Notes on the propagation and cultivation of the medicinal cinchonas, or Peruvian bark trees
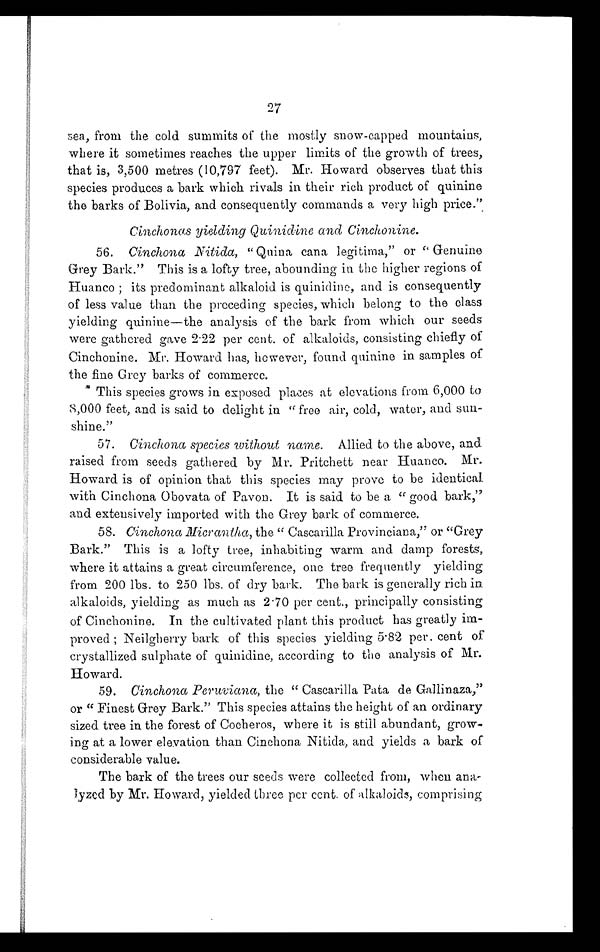
sea, from the cold summits of the mostly snow-capped mountains,
where it sometimes reaches the upper limits of the growth of trees,
that is, 3,500 metres (10,797 feet). Mr. Howard observes that this
species produces a bark which rivals in their rich product of quinine
the barks of Bolivia, and consequently commands a very high price."
Cinchonas yielding Quinidine and Cinchonine.
56. Cinchona Nitida, "Quina cana legitima," or " Genuine
Grey Bark." This is a lofty tree, abounding in the higher regions of
Huanco ; its predominant alkaloid is quinidine, and is consequently
of less value than the preceding species, which belong to the class
yielding quinine—the analysis of the bark from which our seeds
were gathered gave 2·22 per cent. of alkaloids, consisting chiefly of
Cinchonine. Mr. Howard has, however, found quinine in samples of
the fine Grey barks of commerce.
This species grows in exposed places at elevations from 6,000 to
8,000 feet, and is said to delight in " free air, cold, water, and sun-
shine."
57. Cinchona species without name. Allied to the above, and
raised from seeds gathered by Mr. Pritchett near Huanco. Mr.
Howard is of opinion that this species may prove to be identical
with Cinchona Obovata of Pavon. It is said to be a " good bark,"
and extensively imported with the Grey bark of commerce.
58. Cinchona M icrantha, the " Cascarilla Provinciana," or "Grey
Bark." This is a lofty tree, inhabiting warm and damp forests,
where it attains a great circumference, one tree frequently yielding
from 200 lbs. to 250 lbs. of dry bark. The bark is generally rich in
alkaloids, yielding as much as 2·70 per cent., principally consisting
of Cinchonine. In the cultivated plant this product has greatly im-
proved ; Neilgherry bark of this species yielding 5·82 per. cent of
crystallized sulphate of quinidine, according to the analysis of Mr.
Howard.
59. Cinchona Peruviana, the " Cascarilla Pata de Gallinaza,"
or " Finest Grey Bark." This species attains the height of an ordinary
sized tree in the forest of Cocheros, where it is still abundant, grow
- i n g a t a l o w e r e l e v a t i o n t h a n C i n c h o n a N i t i d a , a n d y i e l d s a b a r k o f
considerable value.
The bark of the trees our seeds were collected from, when ana
-lyzed by Mr. Howard, yielded three per cent. of alkaloids, comprising